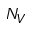
N _ { V }